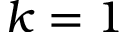
k = 1